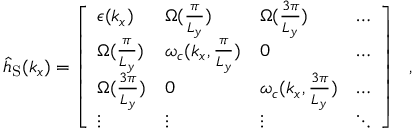
\begin{array} { r } { { \hat { h } } _ { \mathrm { S } } ( { k _ { x } } ) = \left[ \begin{array} { l l l l } { \epsilon ( k _ { x } ) } & { { \Omega } ( \frac { \pi } { L _ { y } } ) } & { { \Omega } ( \frac { 3 \pi } { L _ { y } } ) } & { \hdots } \\ { { \Omega } ( \frac { \pi } { L _ { y } } ) } & { \omega _ { c } ( { k _ { x } , \frac { \pi } { L _ { y } } } ) } & { 0 } & { \hdots } \\ { { \Omega } ( \frac { 3 \pi } { L _ { y } } ) } & { 0 } & { \omega _ { c } ( { k _ { x } , \frac { 3 \pi } { L _ { y } } } ) } & { \hdots } \\ { \vdots } & { \vdots } & { \vdots } & { \ddots } \end{array} \right] ~ ~ , } \end{array}